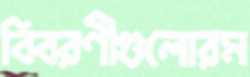
বিবরণীগুলোরম